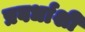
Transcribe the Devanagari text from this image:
प्रवर्धाशी